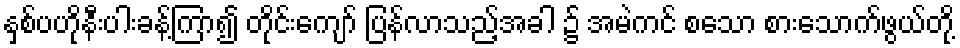
နှစ်ပဟိုနီးပါးခန့်ကြာ၍ တိုင်းကျော် ပြန်လာသည့်အခါ ၌ အမဲကင် စသော စားသောက်ဖွယ်တို့